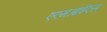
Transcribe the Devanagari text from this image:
एएमआईएस